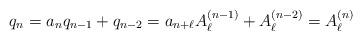
LaTeX: \begin{align*}q_n=a_nq_{n-1}+q_{n-2}=a_{n+\ell}A^{(n-1)}_\ell+A^{(n-2)}_\ell=A^{(n)}_\ell\end{align*}